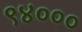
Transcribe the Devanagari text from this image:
९४०००